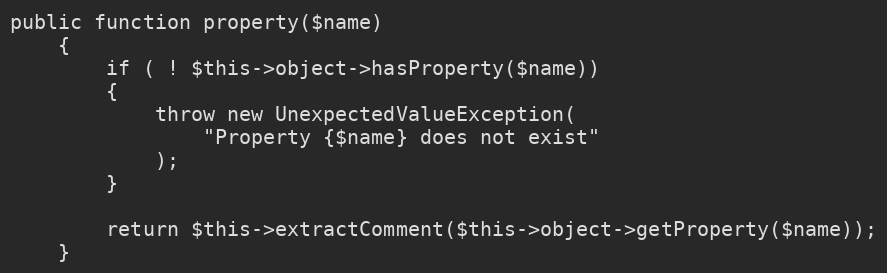
Language: PHP
public function property($name)
    {
        if ( ! $this->object->hasProperty($name))
        {
            throw new UnexpectedValueException(
                "Property {$name} does not exist"
            );
        }

        return $this->extractComment($this->object->getProperty($name));
    }